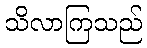
သိလာကြသည်